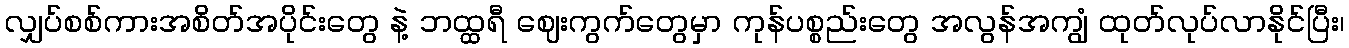
လျှပ်စစ်ကားအစိတ်အပိုင်းတွေ နဲ့ ဘထ္ထရီ ဈေးကွက်တွေမှာ ကုန်ပစ္စည်းတွေ အလွန်အကျွံ ထုတ်လုပ်လာနိုင်ပြီး၊